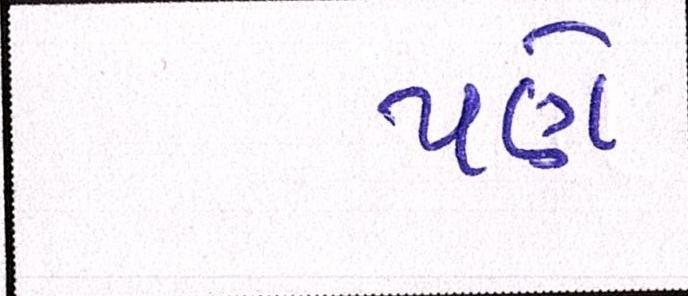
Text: પણે